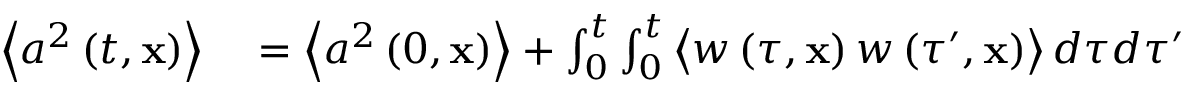
\begin{array} { r l } { \left\langle a ^ { 2 } \left( t , \mathbf { x } \right) \right\rangle } & { { } = \left\langle a ^ { 2 } \left( 0 , \mathbf { x } \right) \right\rangle + \int _ { 0 } ^ { t } \int _ { 0 } ^ { t } \left\langle w \left( \tau , \mathbf { x } \right) w \left( \tau ^ { \prime } , \mathbf { x } \right) \right\rangle d \tau d \tau ^ { \prime } } \end{array}